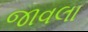
જાવલા